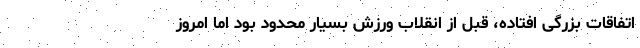
اتفاقات بزرگی افتاده، قبل از انقلاب ورزش بسیار محدود بود اما امروز